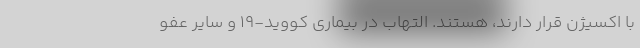
با اکسیژن قرار دارند، هستند. التهاب در بیماری کووید-۱۹ و سایر عفو